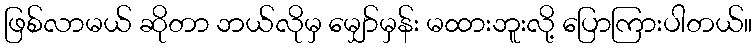
ဖြစ်လာမယ် ဆိုတာ ဘယ်လိုမှ မျှော်မှန်း မထားဘူးလို့ ပြောကြားပါတယ်။